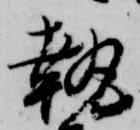
執